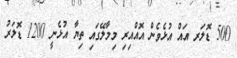
500 ޑޮލަރ އައް އުޅެވެން އޮއްއިރި މިމާލޭގައި ތިޔާ އުޅެނީ 1200 ޑޮލަރު